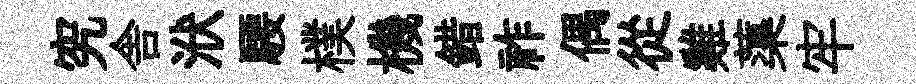
究舎洑騕樸機錯祚偶從雞蕖牢